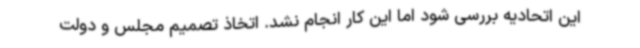
این اتحادیه بررسی شود اما این کار انجام نشد. اتخاذ تصمیم مجلس و دولت